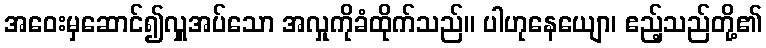
အဝေးမှဆောင်၍လှူအပ်သော အလှုကိုခံထိုက်သည်။ ပါဟုနေယျော၊ ဧည့်သည်တို့၏